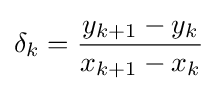
\delta _{k}={\frac {y_{k+1}-y_{k}}{x_{k+1}-x_{k}}}